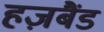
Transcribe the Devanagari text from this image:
हज़बैंड